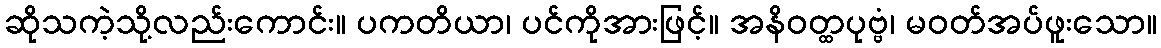
ဆိုသကဲ့သို့လည်းကောင်း။ ပကတိယာ၊ ပင်ကိုအားဖြင့်။ အနိဝတ္ထပုဗ္ဗံ၊ မဝတ်အပ်ဖူးသော။